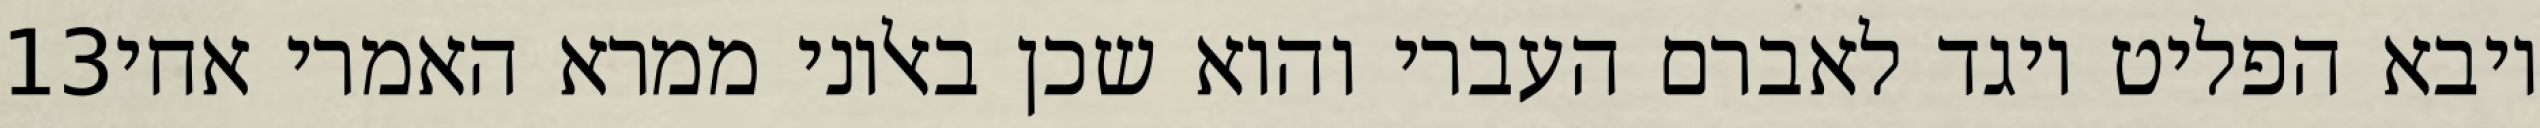
‎13‏ ויבא הפליט ויגד לאברם העברי והוא שכן באלוני ממרא האמרי אחי